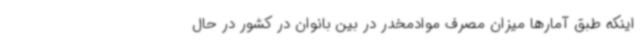
اینکه طبق آمارها میزان مصرف موادمخدر در بین بانوان در کشور در حال